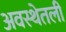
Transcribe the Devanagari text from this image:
अवस्थेतली